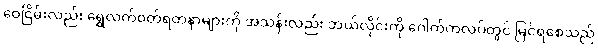
ဝေငြိမ်းလည်း ရွှေလက်ဝတ်ရတနာများကို အသန်းလည်း ဘယ်လိုင်းကို ဂေါက်ကလပ်တွင် မြင်ရစေသည်